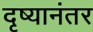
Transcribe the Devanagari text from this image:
दृष्यानंतर